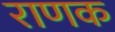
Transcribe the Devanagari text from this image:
राणक